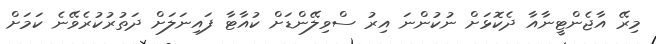
މިރޭ އާޖެންޓީނާއާ ދެކޮޅަށް ނުކުންނަ އިރު ސްވިލޭންޑަށް ކުއާޓާ ފައިނަލަށް ދަތުރުކުރެވޭނެ ކަމަށް